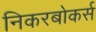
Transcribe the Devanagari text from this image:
निकरबोकर्स